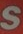
S